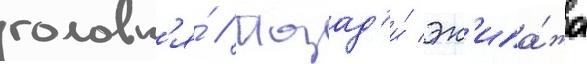
головн'я́ // Позад'и́ эк'ипа́жа